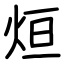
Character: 烜